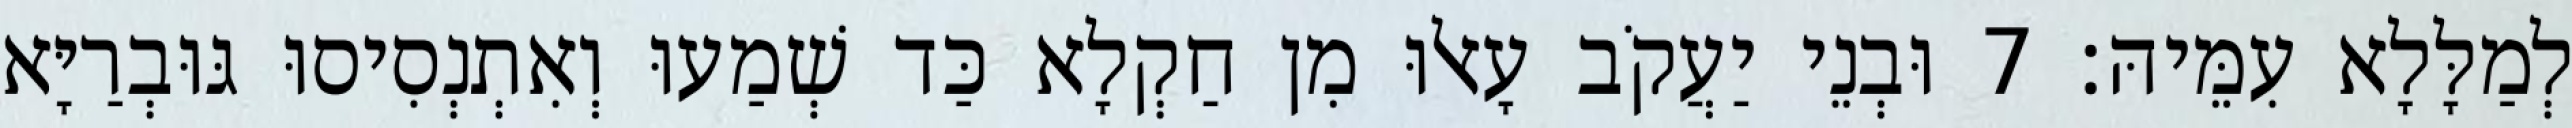
לְמַלָּלָא עִמֵּיהּ׃ 7 וּבְנֵי יַעֲקֹב עָאלוּ מִן חַקְלָא כַּד שְׁמַעוּ וְאִתְנְסִיסוּ גּוּבְרַיָּא